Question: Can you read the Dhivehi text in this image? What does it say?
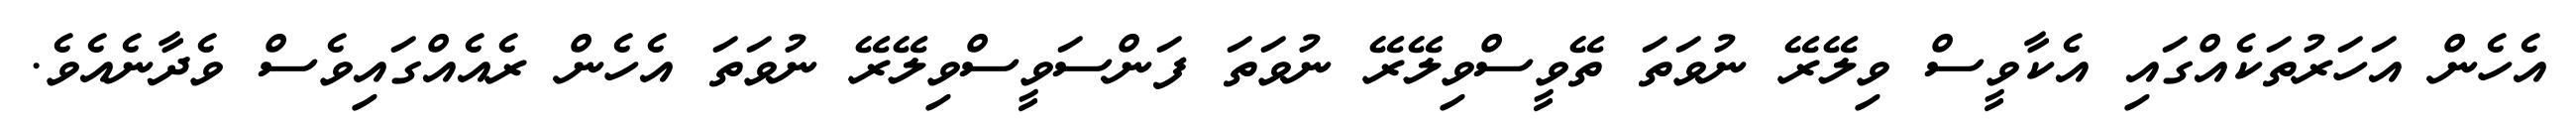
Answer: އެހެން އަހަރުތަކެއްގައި އެކާވީސް ވިލޭރޭ ނުވަތަ ތޭވީސްވިލޭރޭ ނުވަތަ ފަންސަވީސްވިލޭރޭ ނުވަތަ އެހެން ރެއެއްގައިވެސް ވެދާނެއެވެ.